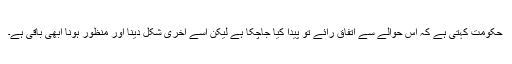
حکومت کہتی ہے کہ اس حوالے سے اتفاق رائے تو پیدا کیا جاچکا ہے لیکن اسے آخری شکل دینا اور منظور ہونا ابھی باقی ہے۔